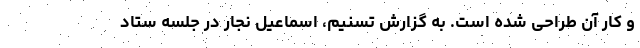
و کار آن طراحی شده است. به گزارش تسنیم، اسماعیل نجار در جلسه ستاد